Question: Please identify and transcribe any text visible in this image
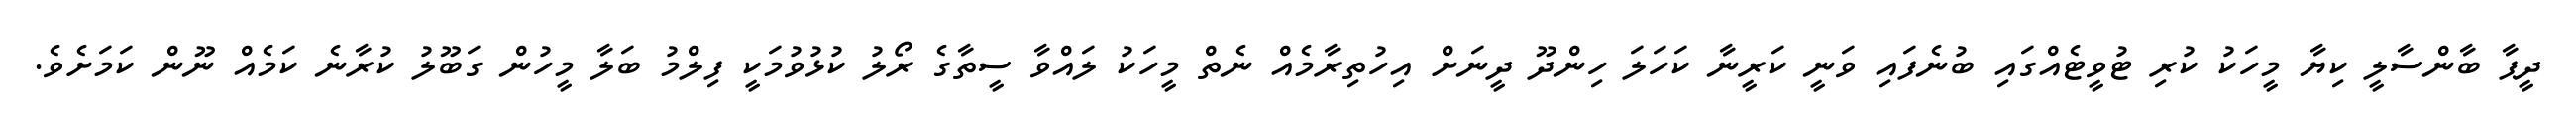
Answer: ދީޕާ ބާންސާލީ ކިޔާ މީހަކު ކުރި ޓުވީޓެއްގައި ބުނެފައި ވަނީ ކަރީނާ ކަހަލަ ހިންދޫ ދީނަށް އިހުތިރާމެއް ނެތް މީހަކު ލައްވާ ސީތާގެ ރޯލު ކުޅުވުމަކީ ފިލްމު ބަލާ މީހުން ގަބޫލު ކުރާނެ ކަމެއް ނޫން ކަމަށެވެ.